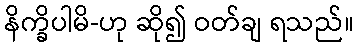
နိက္ခိပါမိ-ဟု ဆို၍ ဝတ်ချ ရသည်။